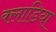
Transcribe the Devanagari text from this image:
क्लाडिया